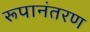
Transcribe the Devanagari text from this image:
रूपानंतरण